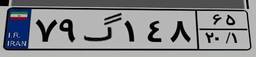
۷۹گ۱۴۸۶۵